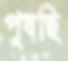
পুষছি